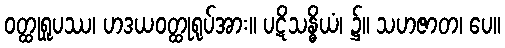
ဝတ္ထုရူပဿ၊ ဟဒယဝတ္ထုရုပ်အား။ ပဋိသန္ဓိယံ၊ ၌။ သဟဇာတ၊ ပေ။